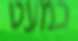
כמעט